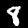
Digit: 8